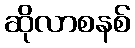
ဆိုလာစနစ်